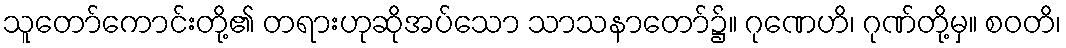
သူတော်ကောင်းတို့၏ တရားဟုဆိုအပ်သော သာသနာတော်၌။ ဂုဏေဟိ၊ ဂုဏ်တို့မှ။ စဝတိ၊